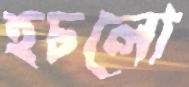
হচলো